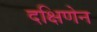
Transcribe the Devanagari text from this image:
दक्षिणेन